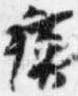
蘇